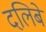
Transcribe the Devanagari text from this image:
दलिबे